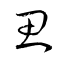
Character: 思